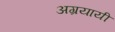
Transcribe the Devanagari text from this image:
अग्रयायी